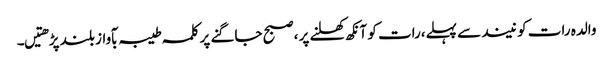
والدہ رات کو نیند سے پہلے،رات کو آنکھ کھلنے پر ،صبح جاگنے پر کلمہ طیبہ بآواز بلند پڑھتیں۔